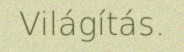
Világítás.